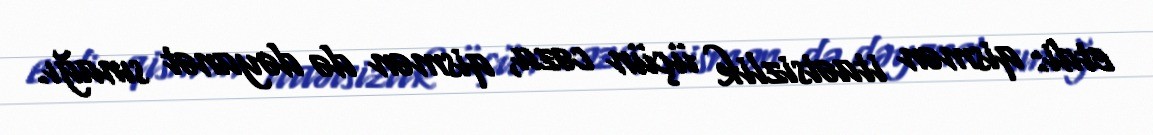
etdi: qismən itaətsizlik üçün cəza, qismən də dəyanət sınağı.